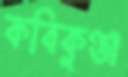
কবিকুঞ্জ